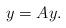
LaTeX: \begin{align*}y = Ay.\end{align*}